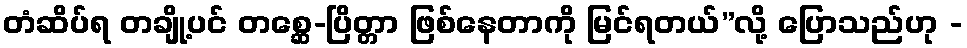
တံဆိပ်ရ တချို့ပင် တစ္ဆေ-ပြိတ္တာ ဖြစ်နေတာကို မြင်ရတယ်”လို့ ပြောသည်ဟု -